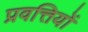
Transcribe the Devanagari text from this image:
प्रवत्तियों